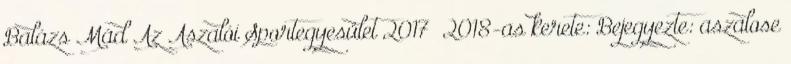
Balázs Mád Az Aszalói Sportegyesület 2017 2018-as kerete: Bejegyezte: aszalose